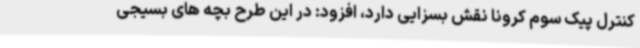
کنترل پیک سوم کرونا نقش بسزایی دارد، افزود: در این طرح بچه های بسیجی